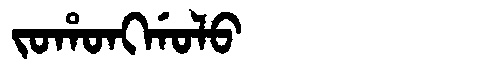
Manchu: ᠵᠣᡥᠣᠩᡤᠣᠯᠣ
Romanization: JOHONGGOLO